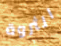
الثروة